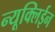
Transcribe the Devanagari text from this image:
न्यूक्लिईन